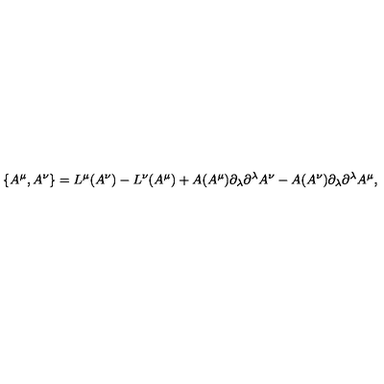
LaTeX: \{ A ^ { \mu } , A ^ { \nu } \} = L ^ { \mu } ( A ^ { \nu } ) - L ^ { \nu } ( A ^ { \mu } ) + A ( A ^ { \mu } ) \partial _ { \lambda } \partial ^ { \lambda } A ^ { \nu } - A ( A ^ { \nu } ) \partial _ { \lambda } \partial ^ { \lambda } A ^ { \mu } ,